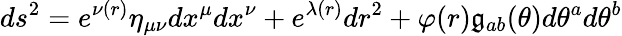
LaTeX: ds^{2}=e^{\nu(r)}\eta_{\mu\nu}dx^{\mu}dx^{\nu}+e^{\lambda(r)}dr^{2}+\varphi(r)\mathfrak{g}_{ab}(\theta)d\theta^{a}d\theta^{b}